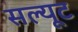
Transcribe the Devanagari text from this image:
सल्यूट